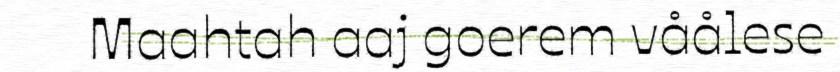
Maahtah aaj goerem våålese